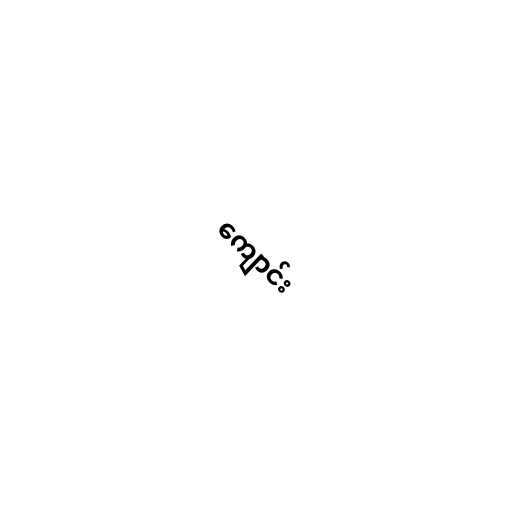
ကျောင်း